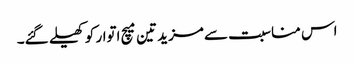
اس مناسبت سے مزید تین میچ اتوار کو کھیلے گئے۔